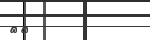
٣٩